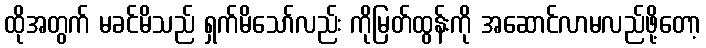
ထိုအတွက် မခင်မိသည် ရှက်မိသော်လည်း ကိုမြတ်ထွန်းကို အဆောင်လာမလည်ဖို့တော့